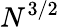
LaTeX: N^{3/2}